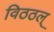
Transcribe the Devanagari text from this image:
विठठल्